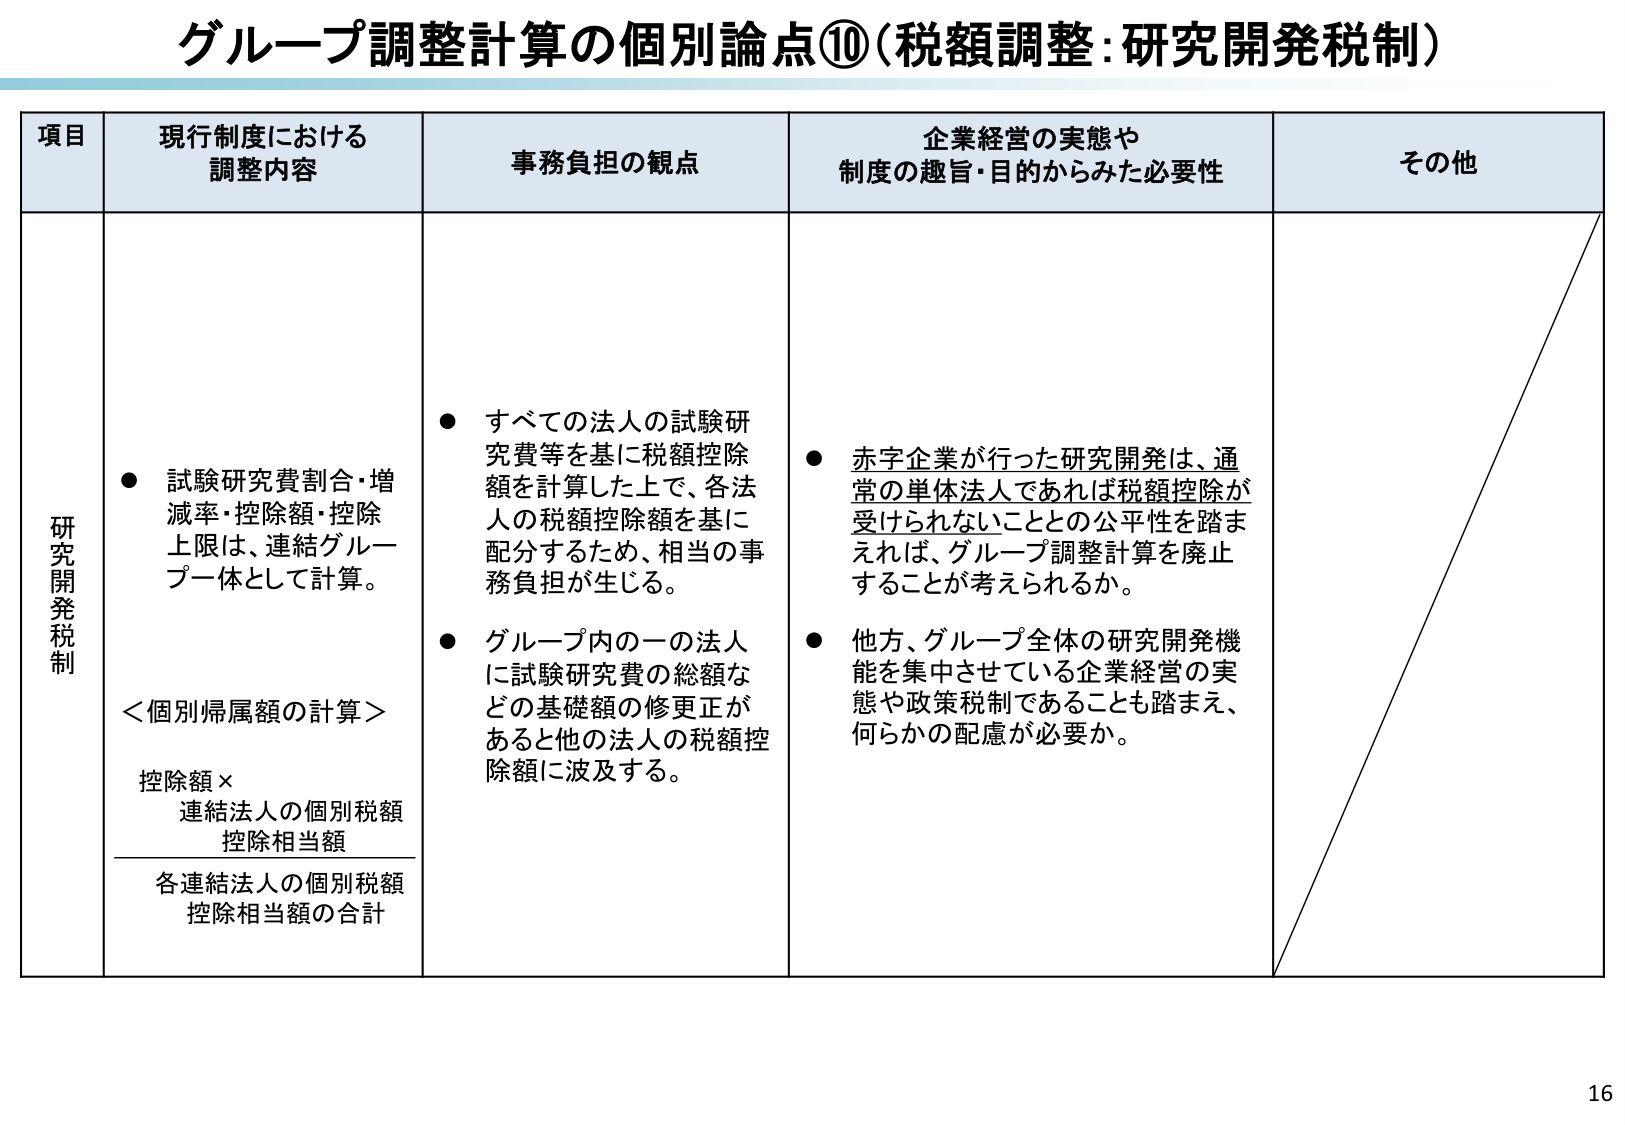
グループ調整計算の個別論点⑩（税額調整：研究開発税制）

項目 現行制度における調整内容 事務負担の観点 企業経営の実態や制度の趣旨・目的からみた必要性 その他

研究開発税制
● 試験研究費割合・増減率・控除額・控除上限は、連結グループ一体として計算。
＜個別帰属額の計算＞
控除額 ×
連結法人の個別税額控除相当額
─────────────────────
各連結法人の個別税額控除相当額の合計

● すべての法人の試験研究費等を基に税額控除額を計算した上で、各法人の税額控除額を基に配分するため、相当の事務負担が生じる。
● グループ内の一つの法人に試験研究費の総額などの基礎額の修正があると他の法人の税額控除額に波及する。

● 赤字企業が行った研究開発は、通常の単体法人であれば税額控除が受けられないこととの公平性を踏まえれば、グループ調整計算を廃止することが考えられるか。
● 他方、グループ全体の研究開発機能を集中させている企業経営の実態や政策税制であることも踏まえ、何らかの配慮が必要か。

16